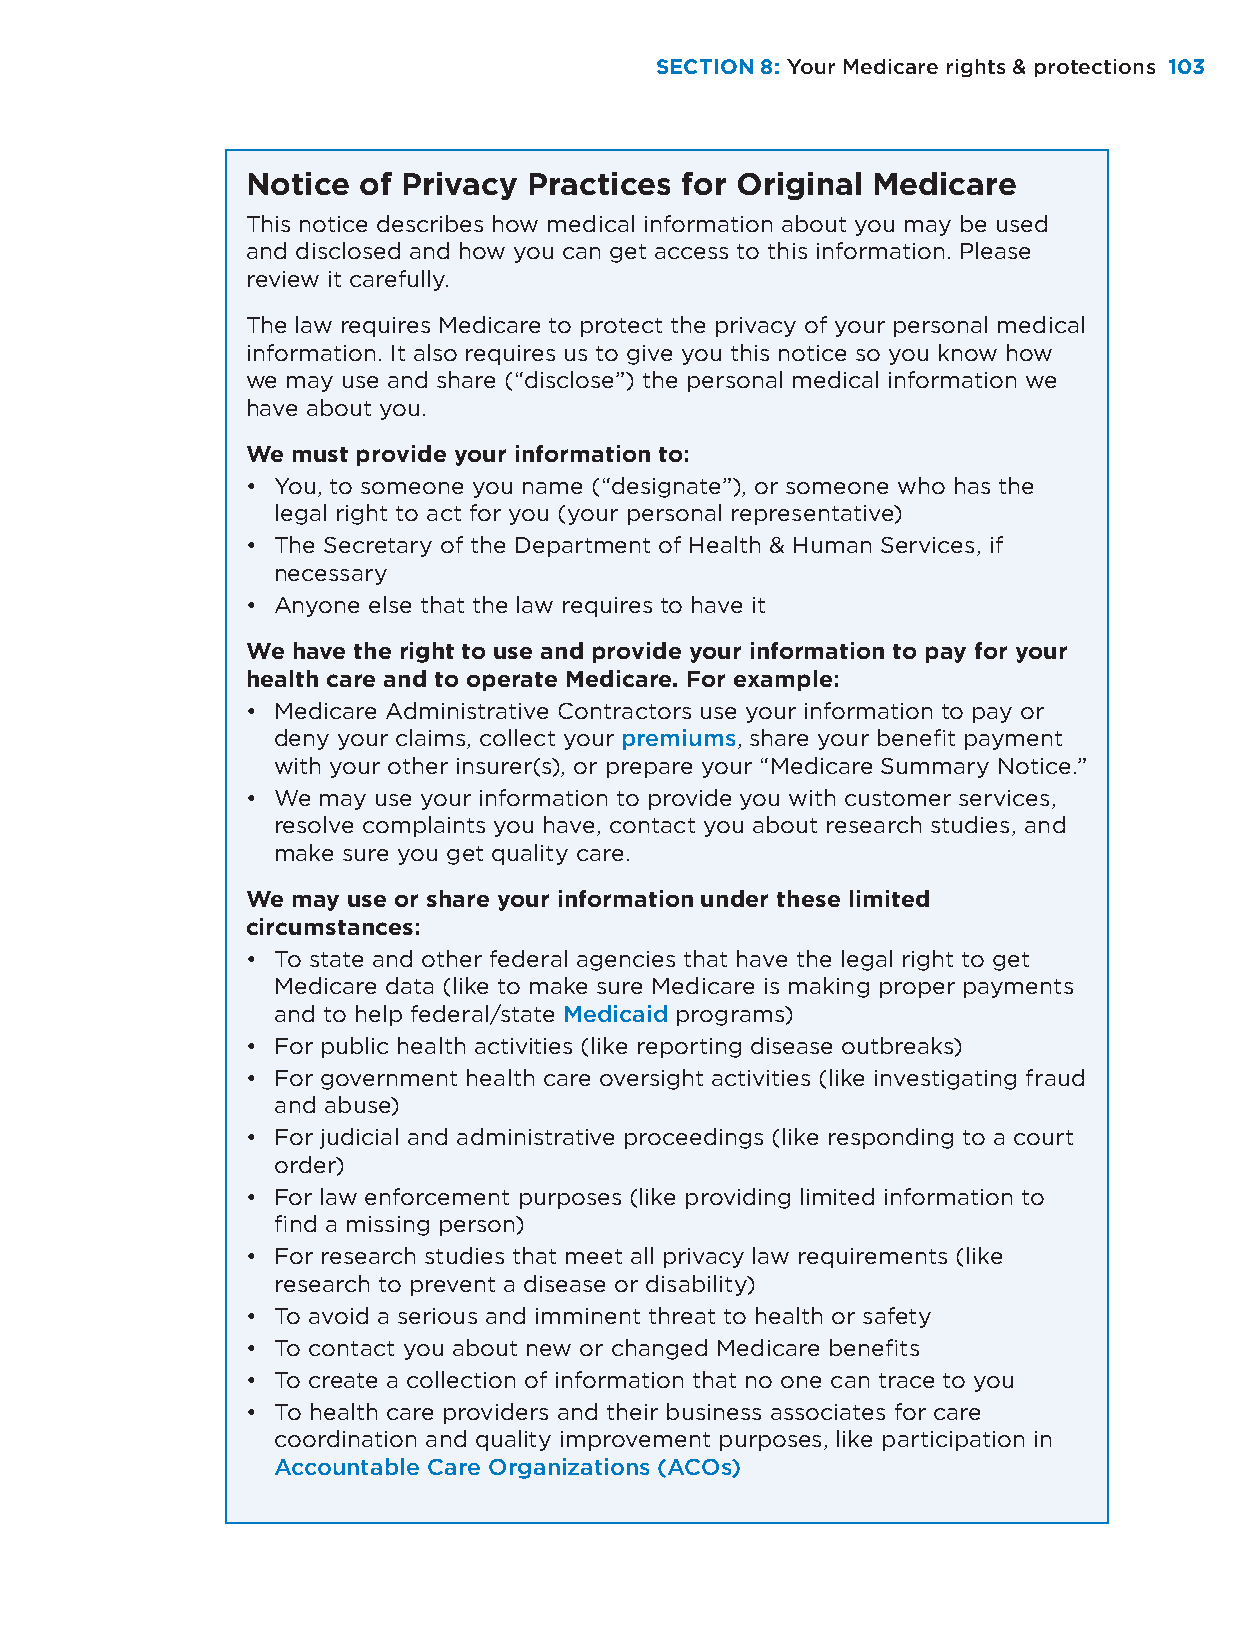
SECTION 8: Your Medicare rights & protections 103
 Notice  of Privacy Practices for Original Medicare
 This notice describes how medical information about you may be used
 and disclosed and how you can get access to this information. Please
 review it carefully.
 The law requires Medicare to protect the privacy of your personal medical
 information. It also requires us to give you this notice so you know how
 we may use and share (“disclose”) the personal medical information we
 have about you.
 We must provide your information to:
 • You, to someone you name (“designate”), or someone who has the
 legal right to act for you (your personal representative)
 • The Secretary of the Department of Health & Human Services, if
 necessary
 • Anyone else that the law requires to have it
 We have the right to use and provide your information to pay for your
 health care and to operate Medicare. For example:
 • Medicare Administrative Contractors use your information to pay or
 deny your claims, collect your premiums, share your benefit payment
 with your other insurer(s), or prepare your “Medicare Summary Notice.”
 • We may use your information to provide you with customer services,
 resolve complaints you have, contact you about research studies, and
 make sure you get quality care.
 We may use or share your information under these limited
 circumstances:
 • To state and other federal agencies that have the legal right to get
 Medicare data (like to make sure Medicare is making proper payments
 and to help federal/state Medicaid programs)
 • For public health activities (like reporting disease outbreaks)
 • For government health care oversight activities (like investigating fraud
 and abuse)
 • For judicial and administrative proceedings (like responding to a court
 order)
 • For law enforcement purposes (like providing limited information to
 find a missing person)
 • For research studies that meet all privacy law requirements (like
 research to prevent a disease or disability)
 • To avoid a serious and imminent threat to health or safety
 • To contact you about new or changed Medicare benefits
 • To create a collection of information that no one can trace to you
 • To health care providers and their business associates for care
 coordination and quality improvement purposes, like participation in
 Accountable Care Organizations (ACOs)